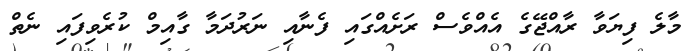
މާލެ ފިޔަވާ ރާއްޖޭގެ އެއްވެސް ރަށެއްގައި ފެނާއި ނަރުދަމާ ގާއިމް ކުރެވިފައި ނެތް